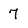
Character: 7